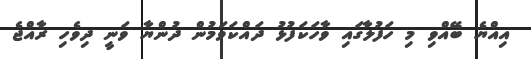
އިއްޔެ ބޭއްވި މި ހަފުލާގައި ވާހަކަފުޅު ދައްކަވަމުން ދުންޔާ ވަނީ ދިވެހި ރާއްޖެ